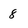
Character: 8